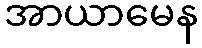
အာယာမေန